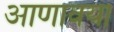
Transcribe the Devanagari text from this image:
आणावया